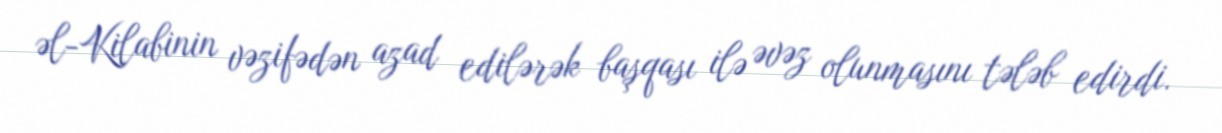
əl-Kilabinin vəzifədən azad edilərək başqası ilə əvəz olunmasını tələb edirdi.